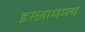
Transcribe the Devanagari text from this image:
इस्लाममय